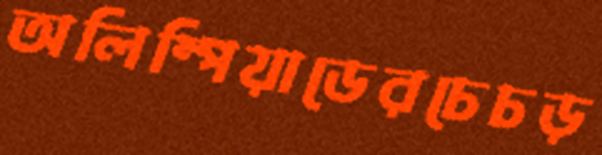
অলিম্পিয়াডেরচেচড়